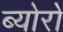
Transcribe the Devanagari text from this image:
ब्योरो